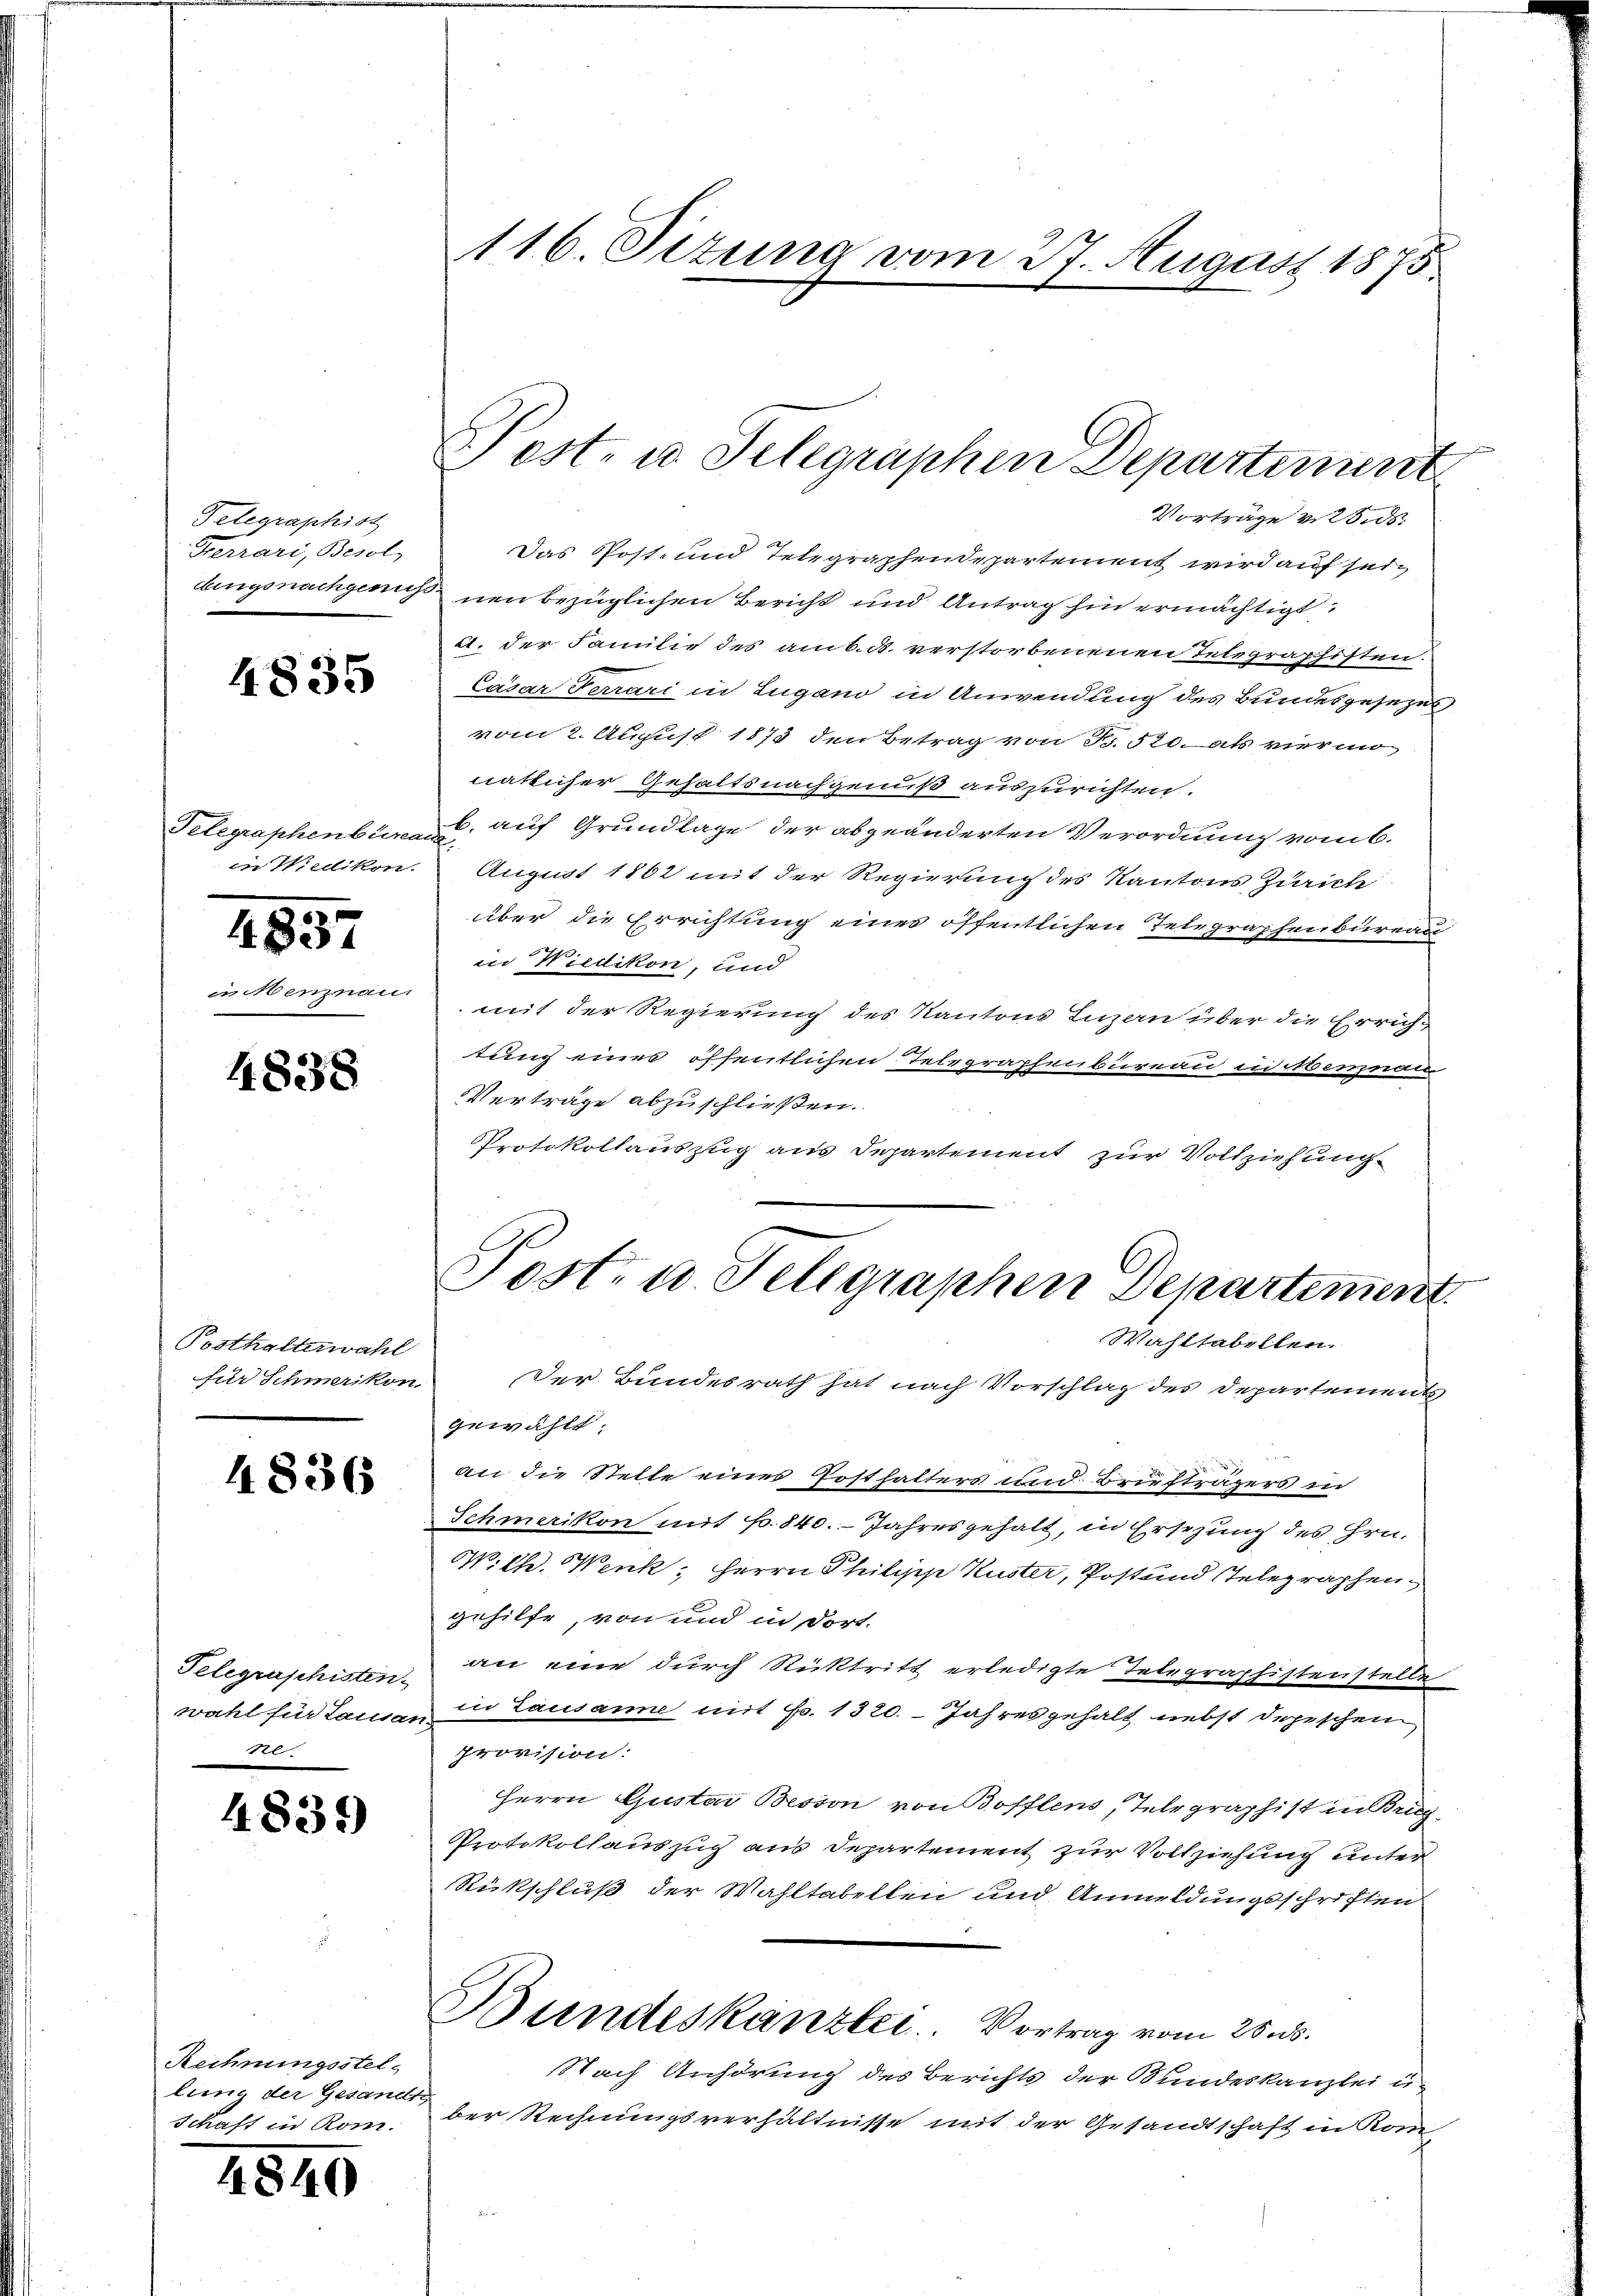
Telegraphist
Ferrari, Besol
dingsnachgenuss

4835

Telegraphenbeinan
in Wiedikon.

4837

incenzman.

4838

Posthalterwahl
für Schmerikon

4836

Telegraphisten.
wahl für Lausar
r

4839)

Rechnungsstellung der Gesandt.
Schaft in Rom.

4840

116. Situng vom 27. August 1875.

Pest- u. Selegraphen Departement

Vorträge v. 28. ds.
Das Post- und Telegraphendepartement wird auf seinen bezüglichen Bericht und Antrag hin ermächtigt:
2. der Familie des amb. ds. verstorbenenen Telegraphisten.
Cäsar Ferrari in Lugano in Anwendung des Bundesgesezes
vom 2. August 1873 den Betrag von S. 520. als viermo-
nätlicher Gehaltsnachgeniß auszurichten.
b. auf Grundlage der abgeänderten Verordnung vom 6.
August 1862 mit der Regierung des Kantons Zürich
über die Errichtung eines öffentlichen Telegraphenbureau
in Wiedikon, und
mit der Regierung des Kantons Iuzen über die Errichtung eines öffentlichen Telegraphenbureau insbeson
Verträge abzuschließen.
Protokollauszug aus Departement zur Vollziehung

Post- u. Telegraphen Departement
Wahltabellen.

Der Bundesrath hat nach Vorschlag des Departements
gewählt.
an die Stelle eines Posthalters und Briefträgers in
Schmerikon mit Fr. 840. Jahresgehalt, in Ersezung des Hrn.
Wilh. Wenk, Herrn Philipp Kuster, Post und Telegraphen
gehilfe, von und in dort.
an eine durch Rücktritt erledigte Telegraphistenstelle
in Lausanne mit Fr. 1320. Jahresgehalt nebst depeschem
provision:
Herrn Gustav Besson von Bofflens, Telegraphist in Brie
Protokollauszug aus Departement zur Vollziehung unter
Rückschluß der Wahltabellen und Anmeldungsschriften
Bundeskanzlei. Vortrag vom 25. ds.
Nach Anhörung des Berichts der Bundeskanzlei u.
ber Rechnungsverhältnisse mit der Gesandtschaft in Kom